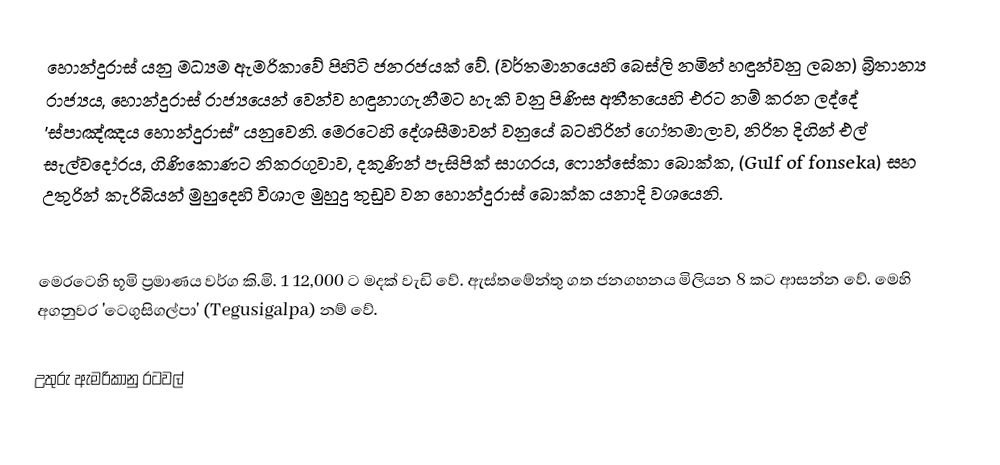
හොන්දුරාස් යනු මධ්‍යම ඇමරිකාවේ පිහිටි ජනරජයක් වේ. (වර්තමානයෙහි බෙස්ලි නමින් හඳුන්වනු ලබන) බ්‍රිතාන්‍ය රාජ්‍යය, හොන්දුරාස් රාජ්‍යයෙන් වෙන්ව හඳුනාගැනීමට හැකි වනු පිණිස අතීතයෙහි එරට නම් කරන ලද්දේ 'ස්පාඤ්ඤය හොන්දුරාස්" යනුවෙනි. මෙරටෙහි දේශසීමාවන් වනුයේ  බටහිරින් ගෝතමාලාව, නිරිත දිගින් එල් සැල්වදෝරය, ගිණිකොණට නිකරගුවාව, දකුණින් පැසිපික් සාගරය, ෆොන්සේකා බොක්ක, (Gulf of  fonseka) සහ උතුරින් කැරිබියන් මුහුදෙහි විශාල මුහුදු තුඩුව වන හොන්දුරාස් බොක්ක යනාදි වශයෙනි.

මෙරටෙහි භූමි ප්‍රමාණය වර්ග කි‍.මි. 1 12,000 ට මදක් වැඩි වේ. ඇස්තමේන්තු ගත ජනගහනය මිලියන  8 කට ආසන්න වේ. මෙහි අගනුවර ‍'ටෙගුසිගල්පා' (Tegusigalpa) නම් වේ.

උතුරු ඇමරිකානු රටවල්